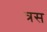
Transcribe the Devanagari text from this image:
त्रस